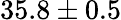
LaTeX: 35.8\pm 0.5